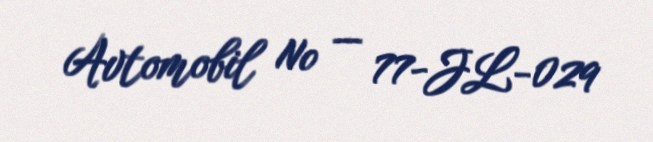
Avtomobil № — 77-JL-029